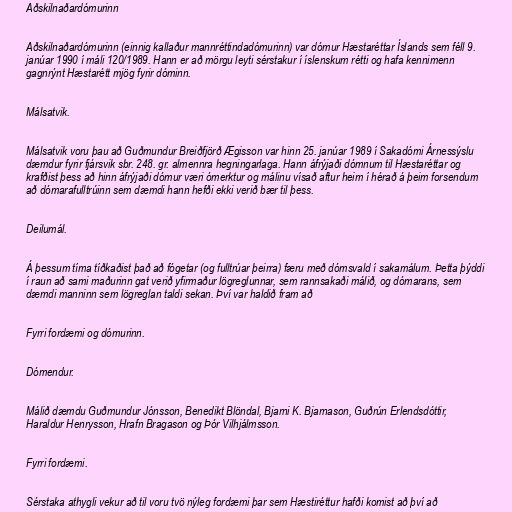
Aðskilnaðardómurinn

Aðskilnaðardómurinn (einnig kallaður mannréttindadómurinn) var dómur Hæstaréttar Íslands sem féll 9.
janúar 1990 í máli 120/1989. Hann er að mörgu leyti sérstakur í íslenskum rétti og hafa kennimenn
gagnrýnt Hæstarétt mjög fyrir dóminn.

Málsatvik.

Málsatvik voru þau að Guðmundur Breiðfjörð Ægisson var hinn 25. janúar 1989 í Sakadómi Árnessýslu
dæmdur fyrir fjársvik sbr. 248. gr. almennra hegningarlaga. Hann áfrýjaði dómnum til Hæstaréttar og
krafðist þess að hinn áfrýjaði dómur væri ómerktur og málinu vísað aftur heim í hérað á þeim forsendum
að dómarafulltrúinn sem dæmdi hann hefði ekki verið bær til þess.

Deilumál.

Á þessum tíma tíðkaðist það að fógetar (og fulltrúar þeirra) færu með dómsvald í sakamálum. Þetta þýddi
í raun að sami maðurinn gat verið yfirmaður lögreglunnar, sem rannsakaði málið, og dómarans, sem
dæmdi manninn sem lögreglan taldi sekan. Því var haldið fram að

Fyrri fordæmi og dómurinn.

Dómendur.

Málið dæmdu Guðmundur Jónsson, Benedikt Blöndal, Bjarni K. Bjarnason, Guðrún Erlendsdóttir,
Haraldur Henrysson, Hrafn Bragason og Þór Vilhjálmsson.

Fyrri fordæmi.

Sérstaka athygli vekur að til voru tvö nýleg fordæmi þar sem Hæstiréttur hafði komist að því að